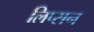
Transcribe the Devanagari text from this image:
लिप्सन